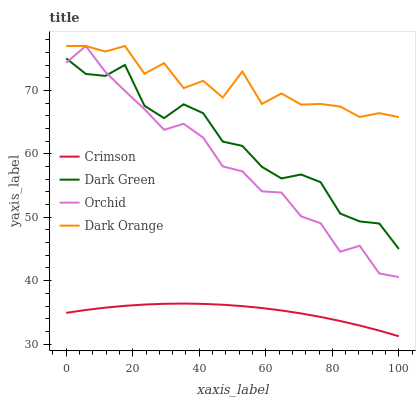
| xaxis_label | Crimson | Dark Green | Orchid | Dark Orange |
 | --- | --- | --- | --- | --- |
 | 0 | 34.9 | 75 | 74.4 | 77 |
 | 5.88 | 35.4 | 72.6 | 77 | 77 |
 | 11.8 | 35.7 | 72.3 | 72.9 | 76.1 |
 | 17.6 | 36 | 74 | 69.9 | 77 |
 | 23.5 | 36.2 | 67.6 | 67 | 72.6 |
 | 29.4 | 36.3 | 65.6 | 63.8 | 74.3 |
 | 35.3 | 36.4 | 67.8 | 64.7 | 70.4 |
 | 41.2 | 36.3 | 66.4 | 62.6 | 71.5 |
 | 47.1 | 36.2 | 61.9 | 58 | 68.9 |
 | 52.9 | 36 | 61.3 | 57.2 | 73 |
 | 58.8 | 35.7 | 57.9 | 54.1 | 67.9 |
 | 64.7 | 35.3 | 56.1 | 53.9 | 69.5 |
 | 70.6 | 34.8 | 56.7 | 50.1 | 67.8 |
 | 76.5 | 34.3 | 55.5 | 49.1 | 67.9 |
 | 82.4 | 33.6 | 50.6 | 44.6 | 67.5 |
 | 88.2 | 32.9 | 49.3 | 45.5 | 65.8 |
 | 94.1 | 32.1 | 49 | 41.1 | 66.4 |
 | 100 | 31.2 | 45 | 40.6 | 65.8 |